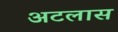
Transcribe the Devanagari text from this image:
अटलास